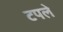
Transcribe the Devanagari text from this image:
टपले